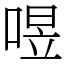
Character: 喅